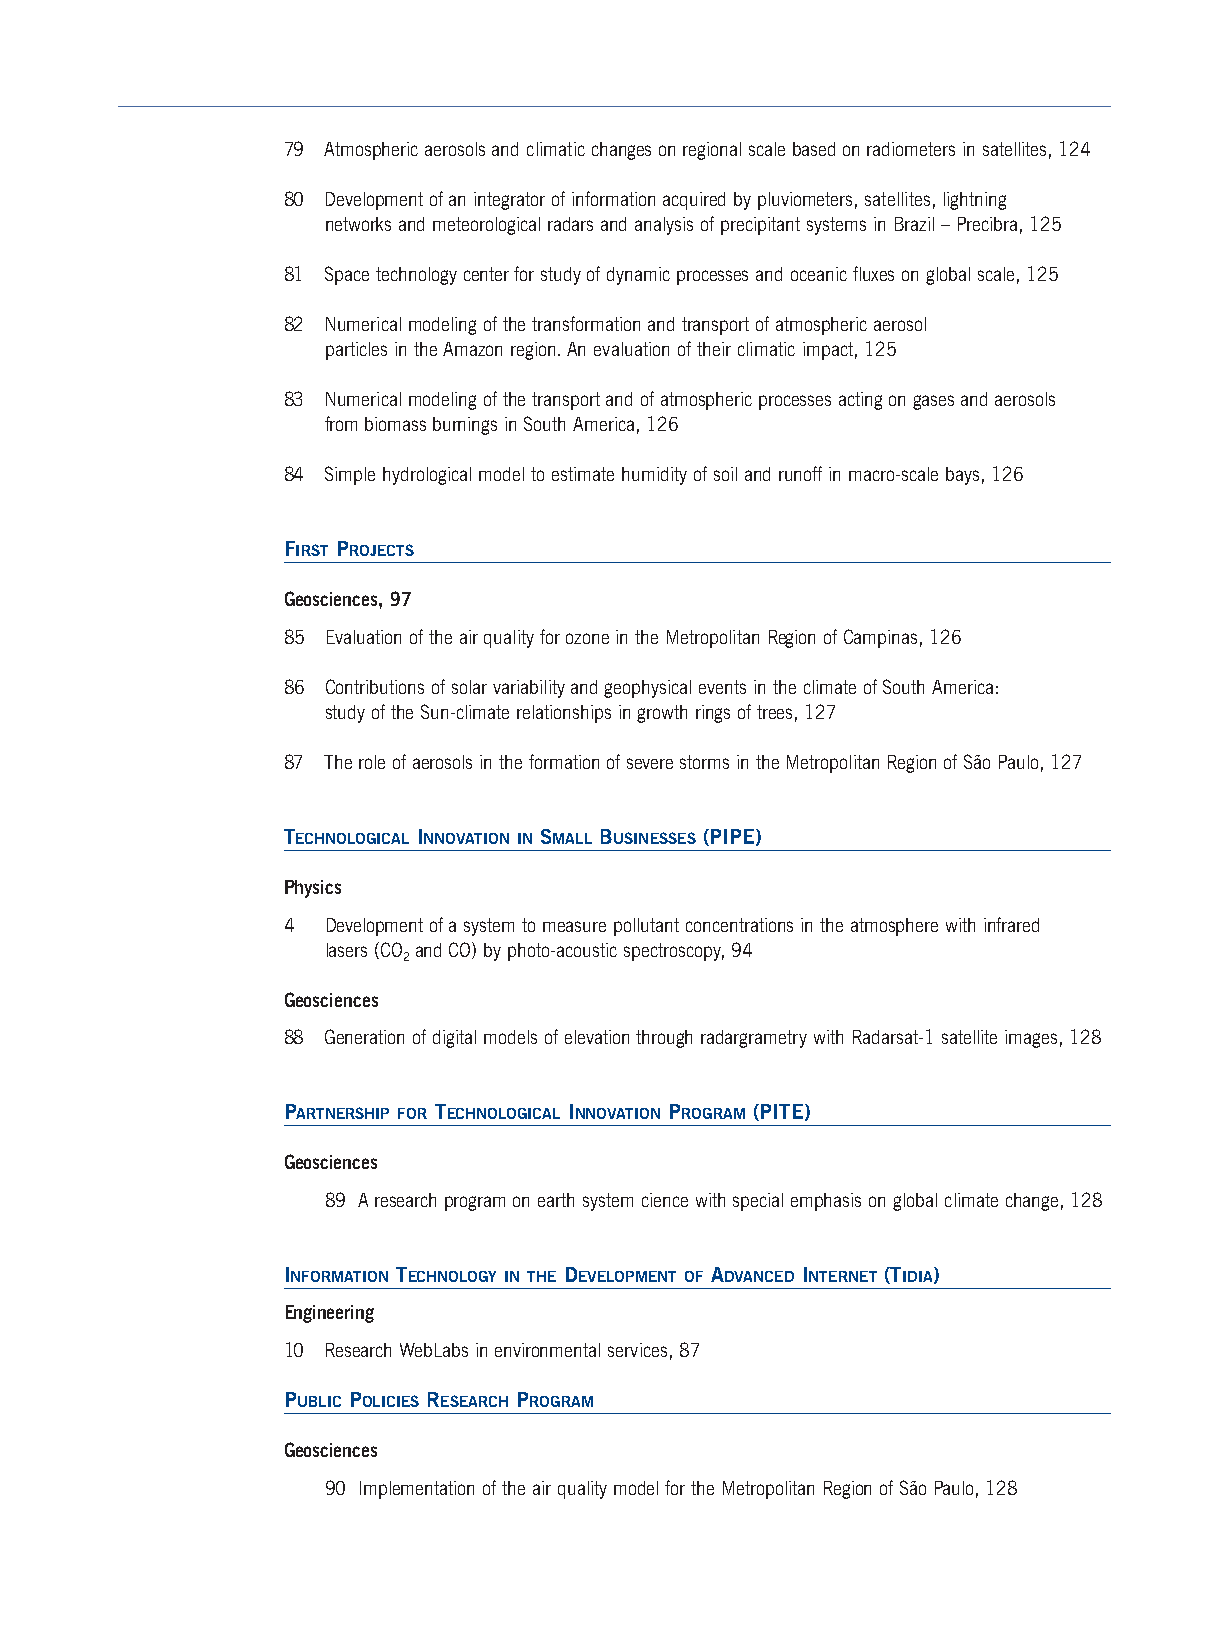
79 Atmospheric aerosols and climatic changes on regional scale based on radiometers in satellites, 124
 80 Development of an integrator of information acquired by pluviometers, satellites, lightning
 networks and meteorological radars and analysis of precipitant systems in Brazil – Precibra, 125
 81 Space technology center for study of dynamic processes and oceanic fluxes on global scale, 125
 82 Numerical modeling of the transformation and transport of atmospheric aerosol
 particles in the Amazon region. An evaluation of their climatic impact, 125
 83 Numerical modeling of the transport and of atmospheric processes acting on gases and aerosols
 from biomass burnings in South America, 126
 84 Simple hydrological model to estimate humidity of soil and runoff in macro-scale bays, 126
 FIRST PROJECTS
 Geosciences, 97
 85 Evaluation of the air quality for ozone in the Metropolitan Region of Campinas, 126
 86 Contributions of solar variability and geophysical events in the climate of South America:
 study of the Sun-climate relationships in growth rings of trees, 127
 87 The role of aerosols in the formation of severe storms in the Metropolitan Region of São Paulo, 127
 TECHNOLOGICAL INNOVATION IN SMALL BUSINESSES (PIPE)
 Physics
 4  Development of a system to measure pollutant concentrations in the atmosphere with infrared
 lasers (CO and CO) by photo-acoustic spectroscopy, 94
 2
 Geosciences
 88 Generation of digital models of elevation through radargrametry with Radarsat-1 satellite images, 128
 PARTNERSHIP FOR TECHNOLOGICAL INNOVATION PROGRAM (PITE)
 Geosciences
 89 A research program on earth system cience with special emphasis on global climate change, 128
 INFORMATION TECHNOLOGY IN THE DEVELOPMENT OF ADVANCED INTERNET (TIDIA)
 Engineering
 10 Research WebLabs in environmental services, 87
 PUBLIC POLICIES RESEARCH PROGRAM
 Geosciences
 90 Implementation of the air quality model for the Metropolitan Region of São Paulo, 128